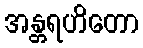
အန္တရဟိတော